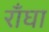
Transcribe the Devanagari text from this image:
राँघा